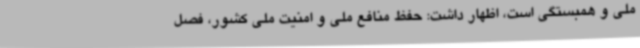
ملی و همبستگی است، اظهار داشت: حفظ منافع ملی و امنیت ملی کشور، فصل